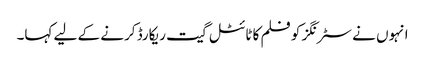
انہوں نے سٹرنگز کو فلم کا ٹائٹل گیت ریکارڈ کرنے کے لیے کہا۔